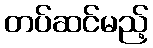
တပ်ဆင်မည့်